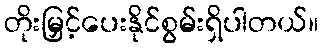
တိုးမြှင့်ပေးနိုင်စွမ်းရှိပါတယ်။